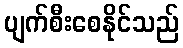
ပျက်စီးစေနိုင်သည်